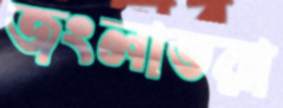
জংলাভরা